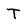
Character: T